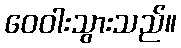
ဝေဝါးသွားသည်။